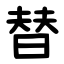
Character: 替